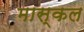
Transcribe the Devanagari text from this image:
मास्कल